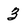
Character: 3